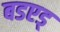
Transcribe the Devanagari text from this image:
बडएड्